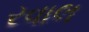
રવાલ